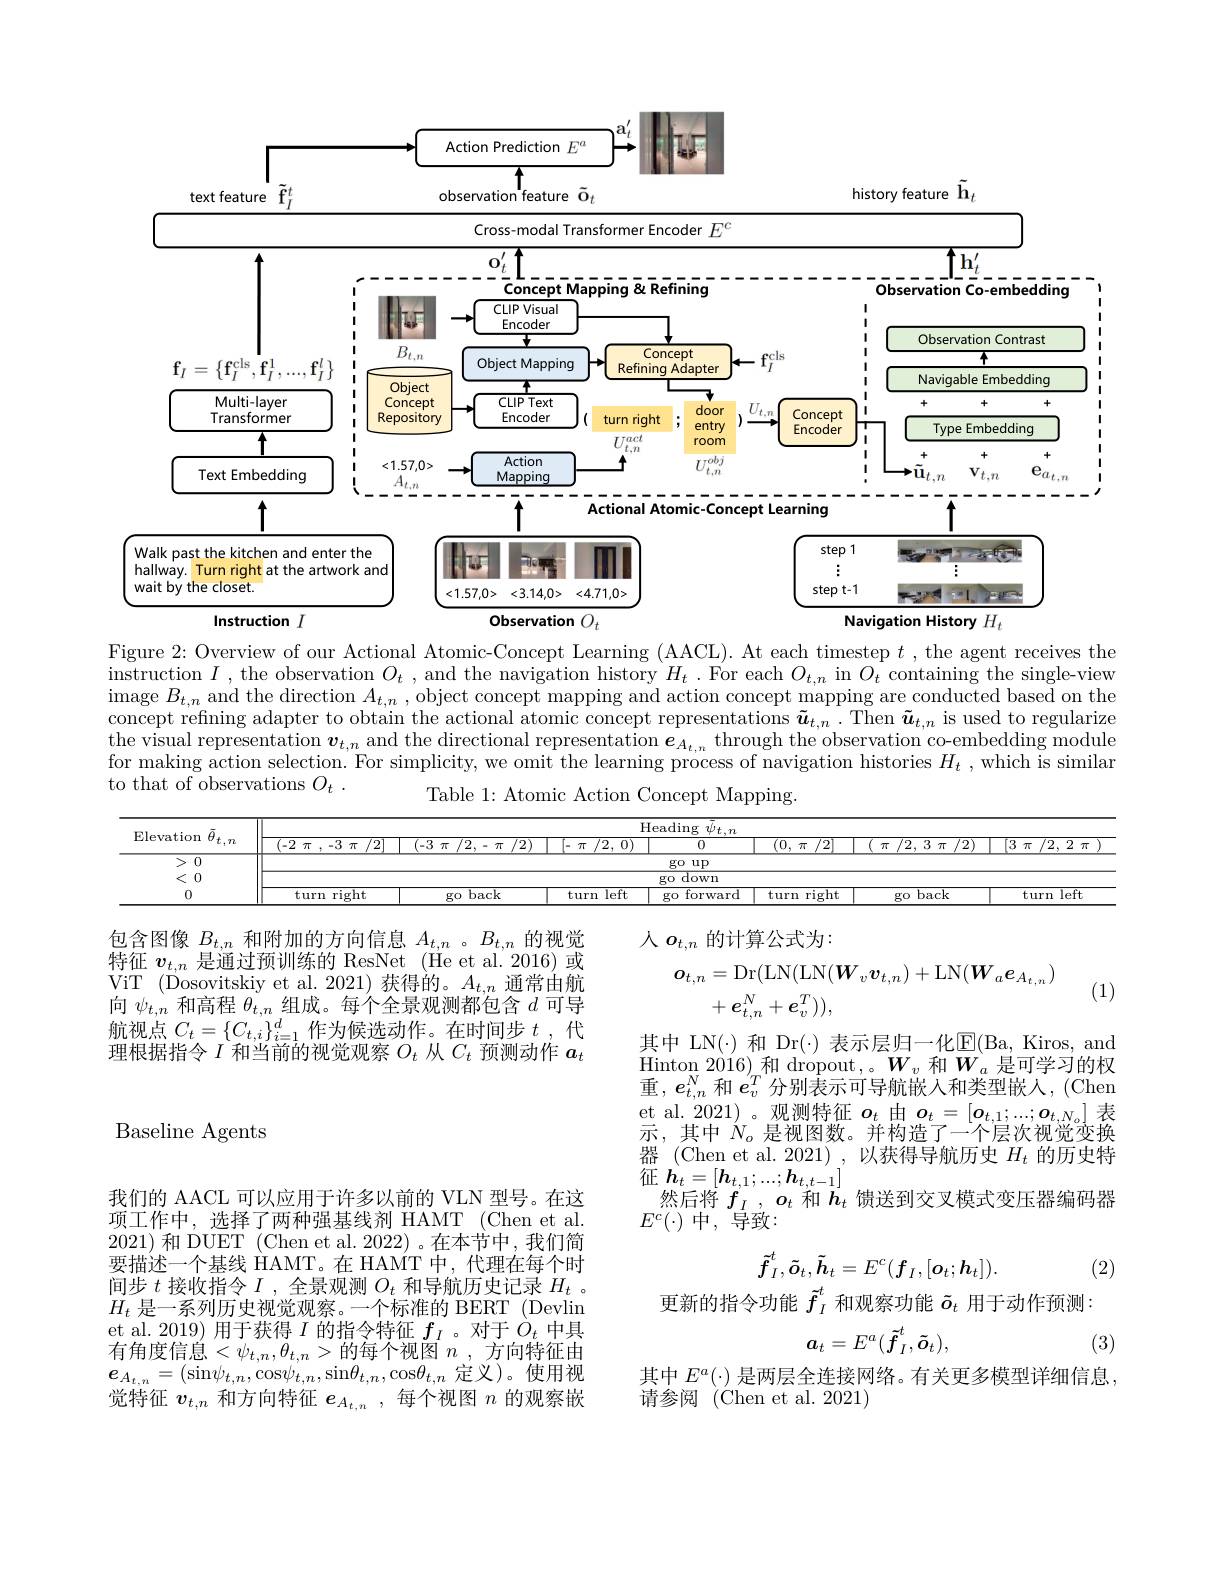
<FigureHere>

Figure 2: Overview of our Actional Atomic-Concept Learning (AACL). At each timestep $t$ ,the agent receives the instruction $I$, the observation $O_t$, and the navigation history $H_t.$ For each $O_t,n$ in $O_t$ containing the single-view image $B_{t, n}$ and the direction $A_t,n$,object concept mapping and action concept mapping are conducted based on the concept refning adapter to obtain the actional atomic concept representations $\tilde{\boldsymbol u}_{t,n}.$ Then $\tilde{\boldsymbol u}_{t,n}$ is used to regularize $\begin{array}{c}\text{the visual representation }\boldsymbol{v}_{t,n}&\text{and the directional representation }\boldsymbol{e}_{A_{t,n}}&\text{through the'observation co-embedding module}\\\text{the visual representation }\boldsymbol{v}_{t,n}&\text{and the directional representation }\boldsymbol{e}_{A_{t,n}}&\text{thrrough the'observa}\end{array}$ for making action selection. For simplicity, we omit the learning process of navigation histories $H_t$ , which is similan to that of observations $O_t$ .
Table 1: Atomic Action Concept Mapping.

<table>
	<tbody>
		<tr>
			<th rowspan="2">$\bar{\theta}_{t,n}$ Elevation</th>
			<th colspan="9">$\operatorname{Heading}\bar{\psi}_{t.n}$</th>
		</tr>
		<tr>
			<th>$\overline{(-2\:\pi\:,\:-3\:\pi\:/2]}$</th>
			<th>(-3 $\pi$ $/2,-\pi$ /2)</th>
			<th>$\pi$ 2 0</th>
			<th>0</th>
			<th>0</th>
			<th>$\overline{/2}$ 0. $\pi$</th>
			<th>$\pi$ $^{\prime}2.$</th>
			<th>$\pi$ /2, 3 $\pi$ $\overline{\tau\:/2)}$</th>
			<th>$\overline{[3\:\pi}$ ${\overline{/2,\:2\:\pi}}$</th>
		</tr>
		<tr>
			<td>>0</td>
			<td> </td>
			<td colspan="8">go up</td>
		</tr>
		<tr>
			<td>< 0</td>
			<td> </td>
			<td> </td>
			<td> </td>
			<td>$\operatorname{down}$ $g0$</td>
			<td>$\overline{\mathrm{down}}$ $go$</td>
			<td> </td>
			<td> </td>
			<td> </td>
			<td> </td>
		</tr>
		<tr>
			<td>0</td>
			<td>turn right</td>
			<td>$go$ back</td>
			<td>turn left</td>
			<td>forwarc go</td>
			<td>forward $g0$ </td>
			<td>right turn 1</td>
			<td>go</td>
			<td>go back</td>
			<td>turn left 1</td>
		</tr>
	</tbody>
</table>

人$o_{t,n}$的计算公式为：
$$\begin{aligned}\boldsymbol{o}_{t,n}&=\mathrm{Dr}(\mathrm{LN}(\mathrm{LN}(\boldsymbol{W}_{v}\boldsymbol{v}_{t,n})+\mathrm{LN}(\boldsymbol{W}_{a}\boldsymbol{e}_{A_{t,n}})\\&+e_{t,n}^{N}+e_{v}^{T})),\end{aligned}$$
(1)

包含图像$B_t,n$和附加的方向信息$A_t,n$ 。$B_{t,n}$的视觉特征$v_{t,n}$是通过预训练的 ResNet (He et al. 2016)或ViT (Dosovitskiy et al. 2021) 获得的。$A_t,n$通常由航向$\psi_{t,n}$和高程$\theta_t,n$组成。每个全景观测都包含$d$可导航视点$C_t=\{C_{t,i}\}_{i=1}^d$作为候选动作。在时间步$t$ , 代理根据指令$I$和当前的视觉观察$O_t$从$C_t$预测动作$a_t$

Baseline Agents

其中 LN(·) 和 Dr(·) 表示层归一化E(Ba, Kiros, and $\mathrm{Hinton~2016)}_{n}$和 dropout,。$W_v$ 和$W_a$ 是可学习的权重，$\boldsymbol e_t,n^N$和$\boldsymbol e_v^T$分别表示可导航嵌人和类型嵌人，(Chen $\begin{array}{c}\mathrm{et~al.~2021)~。观测特征~}o_{t}&\text{由}o_{t}=[o_{t,1};...;o_{t,N_{o}}]\end{array}$表示，其中$N_o$ 是视图数。并构造了一个层次视觉变换器 (Chen et al. 2021),以获得导航历史$H_t$的历史特$\mathop{\text{征 }\boldsymbol{h}}_{t}=[\boldsymbol{h}_{t,1};...;\boldsymbol{h}_{t,t-1}]$
然后将$f_I,o_t$和$h_t$馈送到交叉模式变压器编码器
$E^{c}(\cdot)$中，导致：
$$\tilde{f}_I^t,\tilde{\boldsymbol{o}}_t,\tilde{\boldsymbol{h}}_t=E^c(\boldsymbol{f}_I,[\boldsymbol{o}_t;\boldsymbol{h}_t]).$$
(2)

我们的 AACL 可以应用于许多以前的 VLN 型号。在这项工作中，选择了两种强基线剂 HAMT (Chen et al. 2021)和 DUET (Chen et al. 2022) 。在本节中，我们简要描述一个基线 HAMT。在 HAMT 中，代理在每个时间步$t$接收指令$I$ ,全景观测$O_t$和导航历史记录$H_t$ 。$H_t$是一系列历史视觉观察。一个标准的 BERT (Devlin et al. 2019) 用于获得$I$的指令特征$f_I$ 。对于$\dot{O}_t$中具有角度信息$<\psi_t,n,\theta_{t,n}>$的每个视图$n$,方向特征由$\boldsymbol{e}_{A_{t,n}}=(\sin\psi_{t,n},\cos\psi_{t,n},\sin\theta_{t,n},\cos\theta_{t,n}$定义)。使用视觉特征$v_{t,n}$和方向特征$e_{A_{t,n}}$ ,每个视图$n$的观察嵌

更新的指令功能$\tilde{f}_I^t$和观察功能$\tilde{o}_t$用于动作预测：
$$\boldsymbol{a}_t=E^a(\tilde{\boldsymbol{f}}_I^t,\tilde{\boldsymbol{o}}_t),$$
(3)

其中$E^a(\cdot)$是两层全连接网络。有关更多模型详细信息，
请参阅 (Chen et al. 2021)